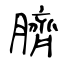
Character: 臍